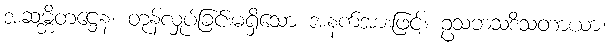
အဆမ္ဘိတဋ္ဌေန၊ တုန်လှုပ်ခြင်းမရှိသော အနက်အားဖြင့်။ ဥသဘသဒိသတာယာ၊